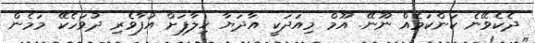
ދެކެވޭނެ ކަންކަމެއް ނޫނޭ. އޫމް މިއަދަކީ އާދަޔާ ޚިލާފަށް އުފާވެރި ދުވަހެކޭ މަމެން